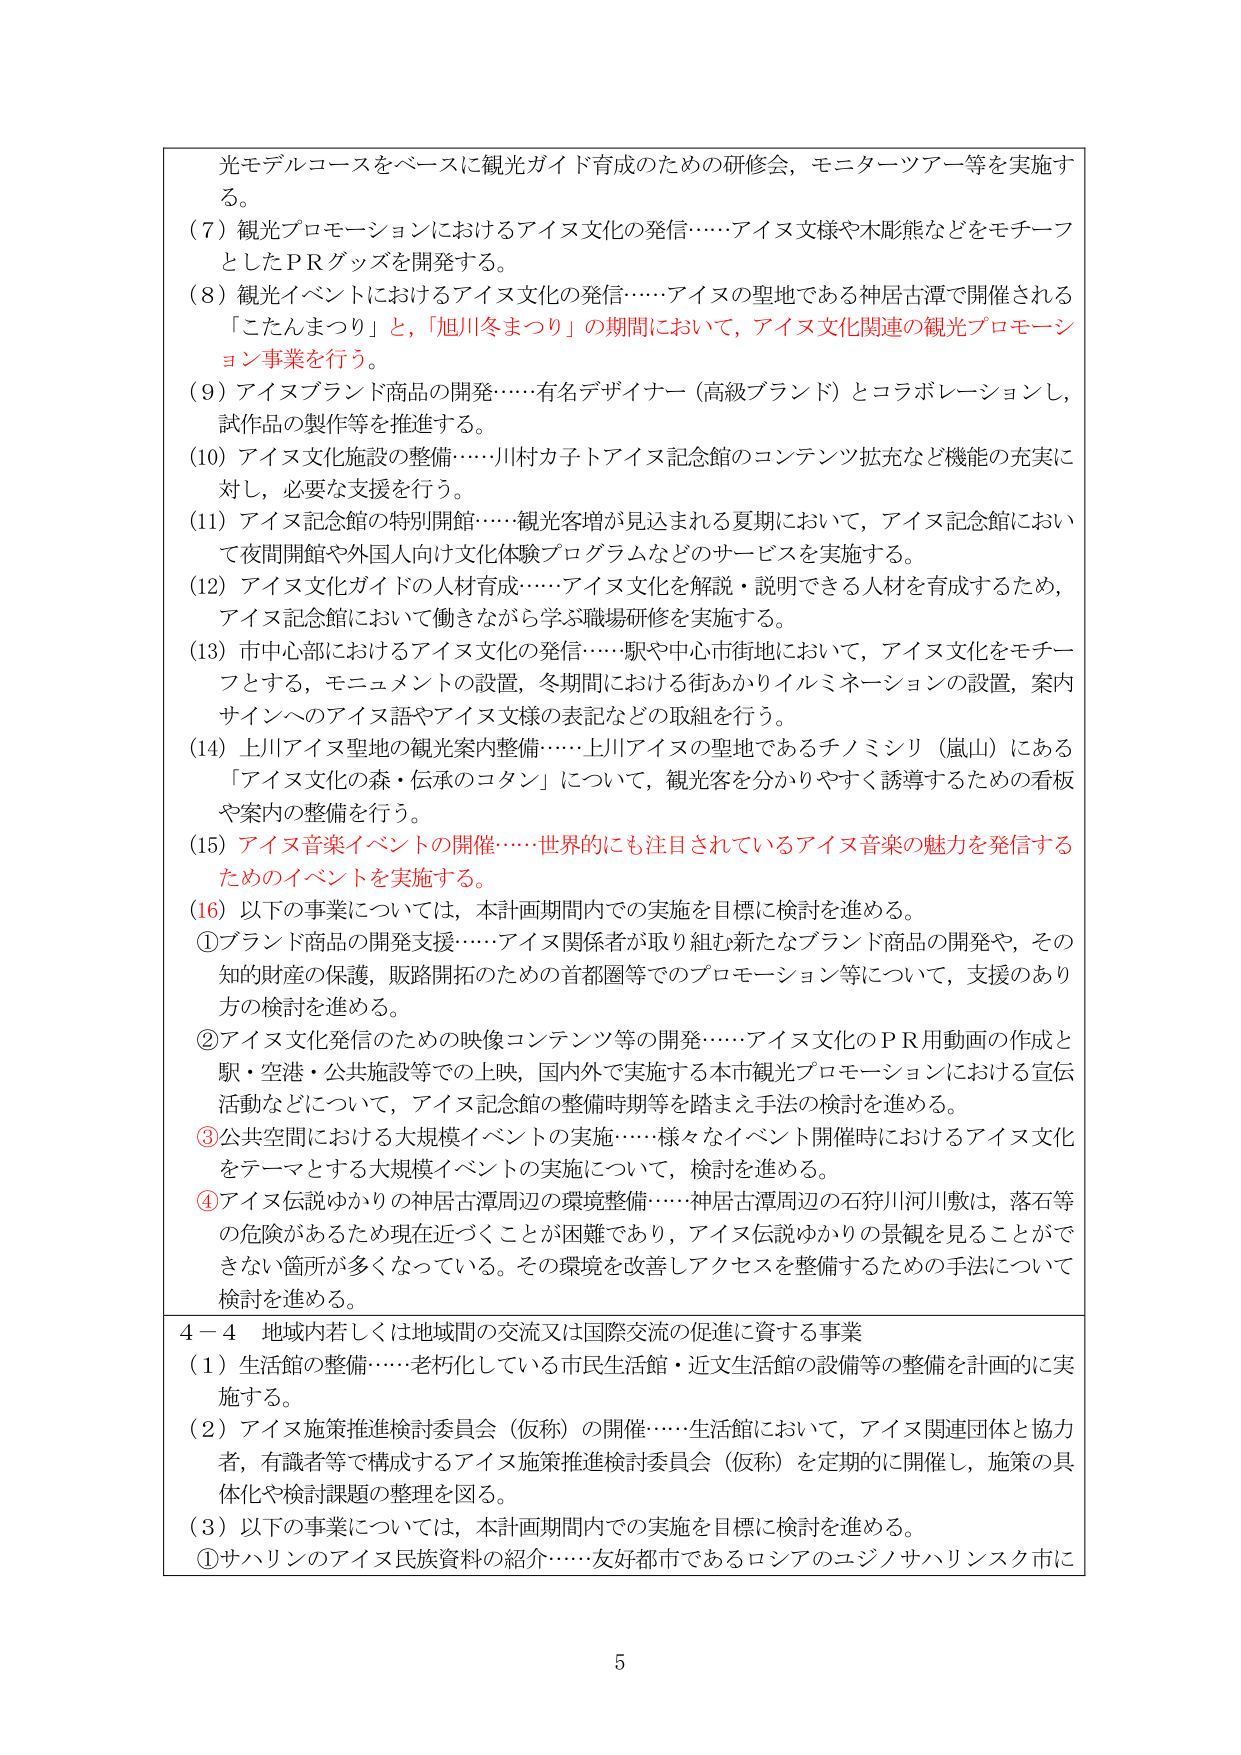
光モデルコースをベースに観光ガイド育成のための研修会，モニターツアー等を実施する。

（7）観光プロモーションにおけるアイヌ文化の発信……アイヌ文様や木彫熊などをモチーフとしたＰＲグッズを開発する。

（8）観光イベントにおけるアイヌ文化の発信……アイヌの聖地である神居古潭で開催される「こたんまつり」と，「旭川冬まつり」の期間において，アイヌ文化関連の観光プロモーション事業を行う。

（9）アイヌブランド商品の開発……有名デザイナー（高級ブランド）とコラボレーションし，試作品の製作等を推進する。

（10）アイヌ文化施設の整備……川村カ子トアイヌ記念館のコンテンツ拡充など機能の充実に対し，必要な支援を行う。

（11）アイヌ記念館の特別開館……観光客増が見込まれる夏期において，アイヌ記念館において夜間開館や外国人向け文化体験プログラムなどのサービスを実施する。

（12）アイヌ文化ガイドの人材育成……アイヌ文化を解説・説明できる人材を育成するため，アイヌ記念館において働きながら学ぶ職場研修を実施する。

（13）市中心部におけるアイヌ文化の発信……駅や中心市街地において，アイヌ文化をモチーフとする，モニュメントの設置，冬期間における街あかりイルミネーションの設置，案内サインへのアイヌ語やアイヌ文様の表記などの取組を行う。

（14）上川アイヌ聖地の観光案内整備……上川アイヌの聖地であるチノミシリ（嵐山）にある「アイヌ文化の森・伝承のコタン」について，観光客を分かりやすく誘導するための看板や案内の整備を行う。

（15）アイヌ音楽イベントの開催……世界的にも注目されているアイヌ音楽の魅力を発信するためのイベントを実施する。

（16）以下の事業については，本計画期間内での実施を目標に検討を進める。

①ブランド商品の開発支援……アイヌ関係者が取り組む新たなブランド商品の開発や，その知的財産の保護，販路開拓のための首都圏等でのプロモーション等について，支援のあり方の検討を進める。

②アイヌ文化発信のための映像コンテンツ等の開発……アイヌ文化のＰＲ用動画の作成と駅・空港・公共施設等での上映，国内外で実施する本市観光プロモーションにおける宣伝活動などについて，アイヌ記念館の整備時期等を踏まえ手法の検討を進める。

③公共空間における大規模イベントの実施……様々なイベント開催時におけるアイヌ文化をテーマとする大規模イベントの実施について，検討を進める。

④アイヌ伝説ゆかりの神居古潭周辺の環境整備……神居古潭周辺の石狩川河川敷は，落石等の危険があるため現在近づくことが困難であり，アイヌ伝説ゆかりの景観を見ることができない箇所が多くなっている。その環境を改善しアクセスを整備するための手法について検討を進める。

4－4 地域内若しくは地域間の交流又は国際交流の促進に資する事業

（1）生活館の整備……老朽化している市民生活館・近文生活館の設備等の整備を計画的に実施する。

（2）アイヌ施策推進検討委員会（仮称）の開催……生活館において，アイヌ関連団体と協力者，有識者等で構成するアイヌ施策推進検討委員会（仮称）を定期的に開催し，施策の具体化や検討課題の整理を図る。

（3）以下の事業については，本計画期間内での実施を目標に検討を進める。

①サハリンのアイヌ民族資料の紹介……友好都市であるロシアのエジノサハリンスク市に

5